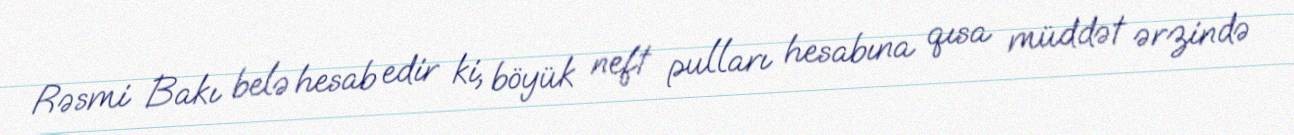
Rəsmi Bakı belə hesab edir ki, böyük neft pulları hesabına qısa müddət ərzində